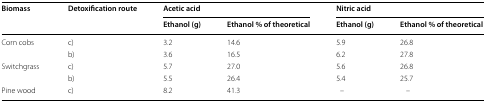
<table><thead><tr><td rowspan="2"><b>Biomass</b></td><td rowspan="2"><b>Detoxification route</b></td><td colspan="2"><b>Acetic acid</b></td><td colspan="2"><b>Nitric acid</b></td></tr><tr><td><b>Ethanol (g)</b></td><td><b>Ethanol % of theoretical</b></td><td><b>Ethanol (g)</b></td><td><b>Ethanol % of theoretical</b></td></tr></thead><tbody><tr><td rowspan="2">Corn cobs</td><td>c)</td><td>3.2</td><td>14.6</td><td>5.9</td><td>26.8</td></tr><tr><td>b)</td><td>3.6</td><td>16.5</td><td>6.2</td><td>27.8</td></tr><tr><td rowspan="2">Switchgrass</td><td>c)</td><td>5.7</td><td>27.0</td><td>5.6</td><td>26.8</td></tr><tr><td>b)</td><td>5.5</td><td>26.4</td><td>5.4</td><td>25.7</td></tr><tr><td>Pine wood</td><td>c)</td><td>8.2</td><td>41.3</td><td>–</td><td>–</td></tr></tbody></table>